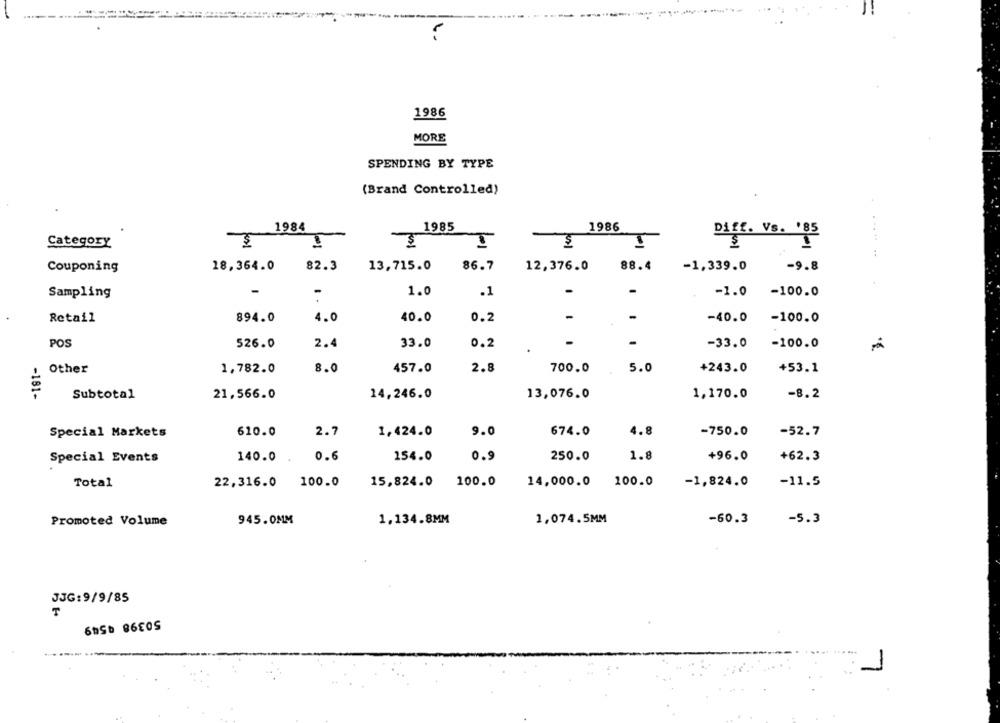
1986
MORE
SPENDING BY TYPE
(Brand Controlled)
1984
1985
1986
-
Diff. Vs. '85
Category
18,364.0
82.3
13,715.0
86.7
12,376.0
88.4
-1,339.0
-9.8
Couponing
-
Sampling
1.0
.1
-
-1.0 -100.0
894.0
4.0
40.0
0.2
-
-
-40.0
-100.0
Retail
POS
526.0
2.4
33.0
0.2
-
-
-33.0
-100.0
8.0
457.0
2.8
700.0
5.0
+243.0
Other
1,782.0
+53.1
-181-
Subtotal
21,566.0
14,246.0
13,076.0
1,170.0
-8.2
Special Markets
610.0
2.7
1,424.0
9.0
674.0
4.8
-750.0
-52.7
Special Events
140.0
0.6
154.0
0.9
250.0
1.8
+96.0
+62.3
Total
22,316.0 100.0
15,824.0 100.0
14,000.0 100.0
-1,824.0
-11.5
945.0MM
1.134.8MM
1,074.5MM
-60.3
-5.3
Promoted Volume
JJG:9/9/85
50398 4549
1